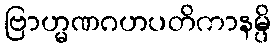
ဗြာဟ္မဏဂဟပတိကာနမ္ပိ